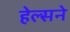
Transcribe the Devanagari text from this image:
हेल्सने